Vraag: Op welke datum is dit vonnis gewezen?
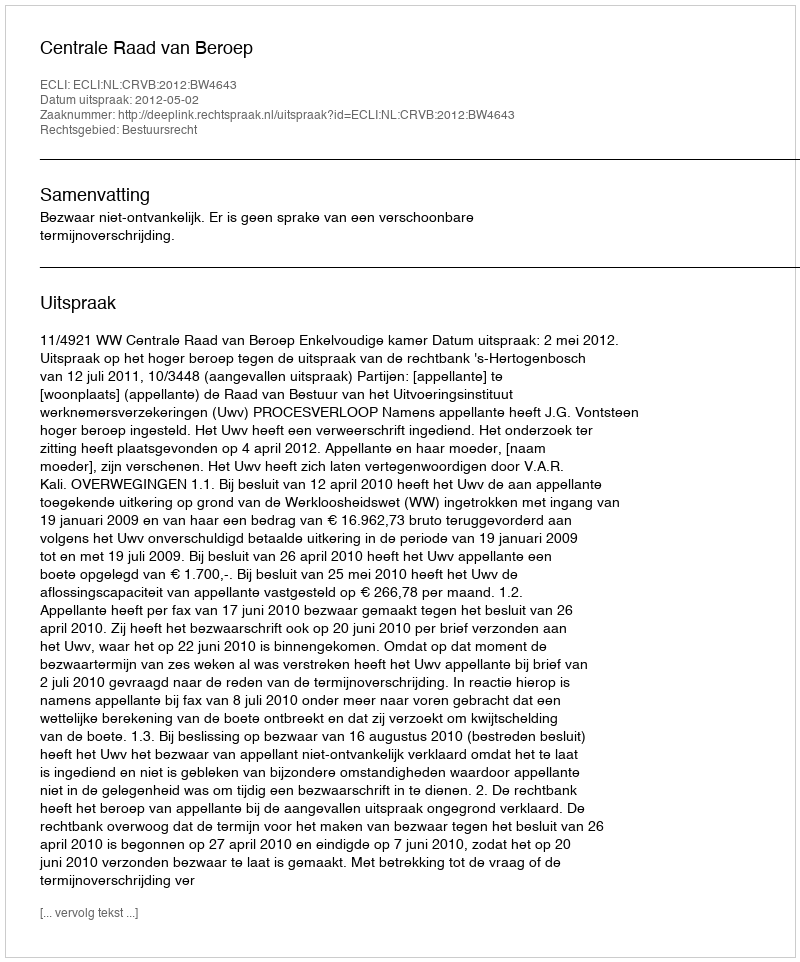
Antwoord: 2012-05-02